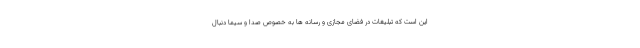
این است که تبلیغات در فضای مجازی و رسانه ها به خصوص صدا و سیما دنبال